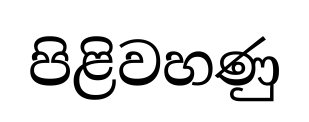
පිළිවහණු